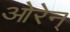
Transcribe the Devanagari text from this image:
ओरेन्